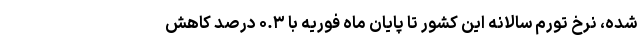
شده، نرخ تورم سالانه این کشور تا پایان ماه فوریه با ۰.۳ درصد کاهش